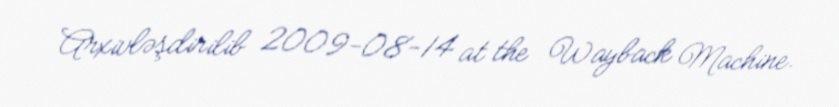
Arxivləşdirilib 2009-08-14 at the Wayback Machine.